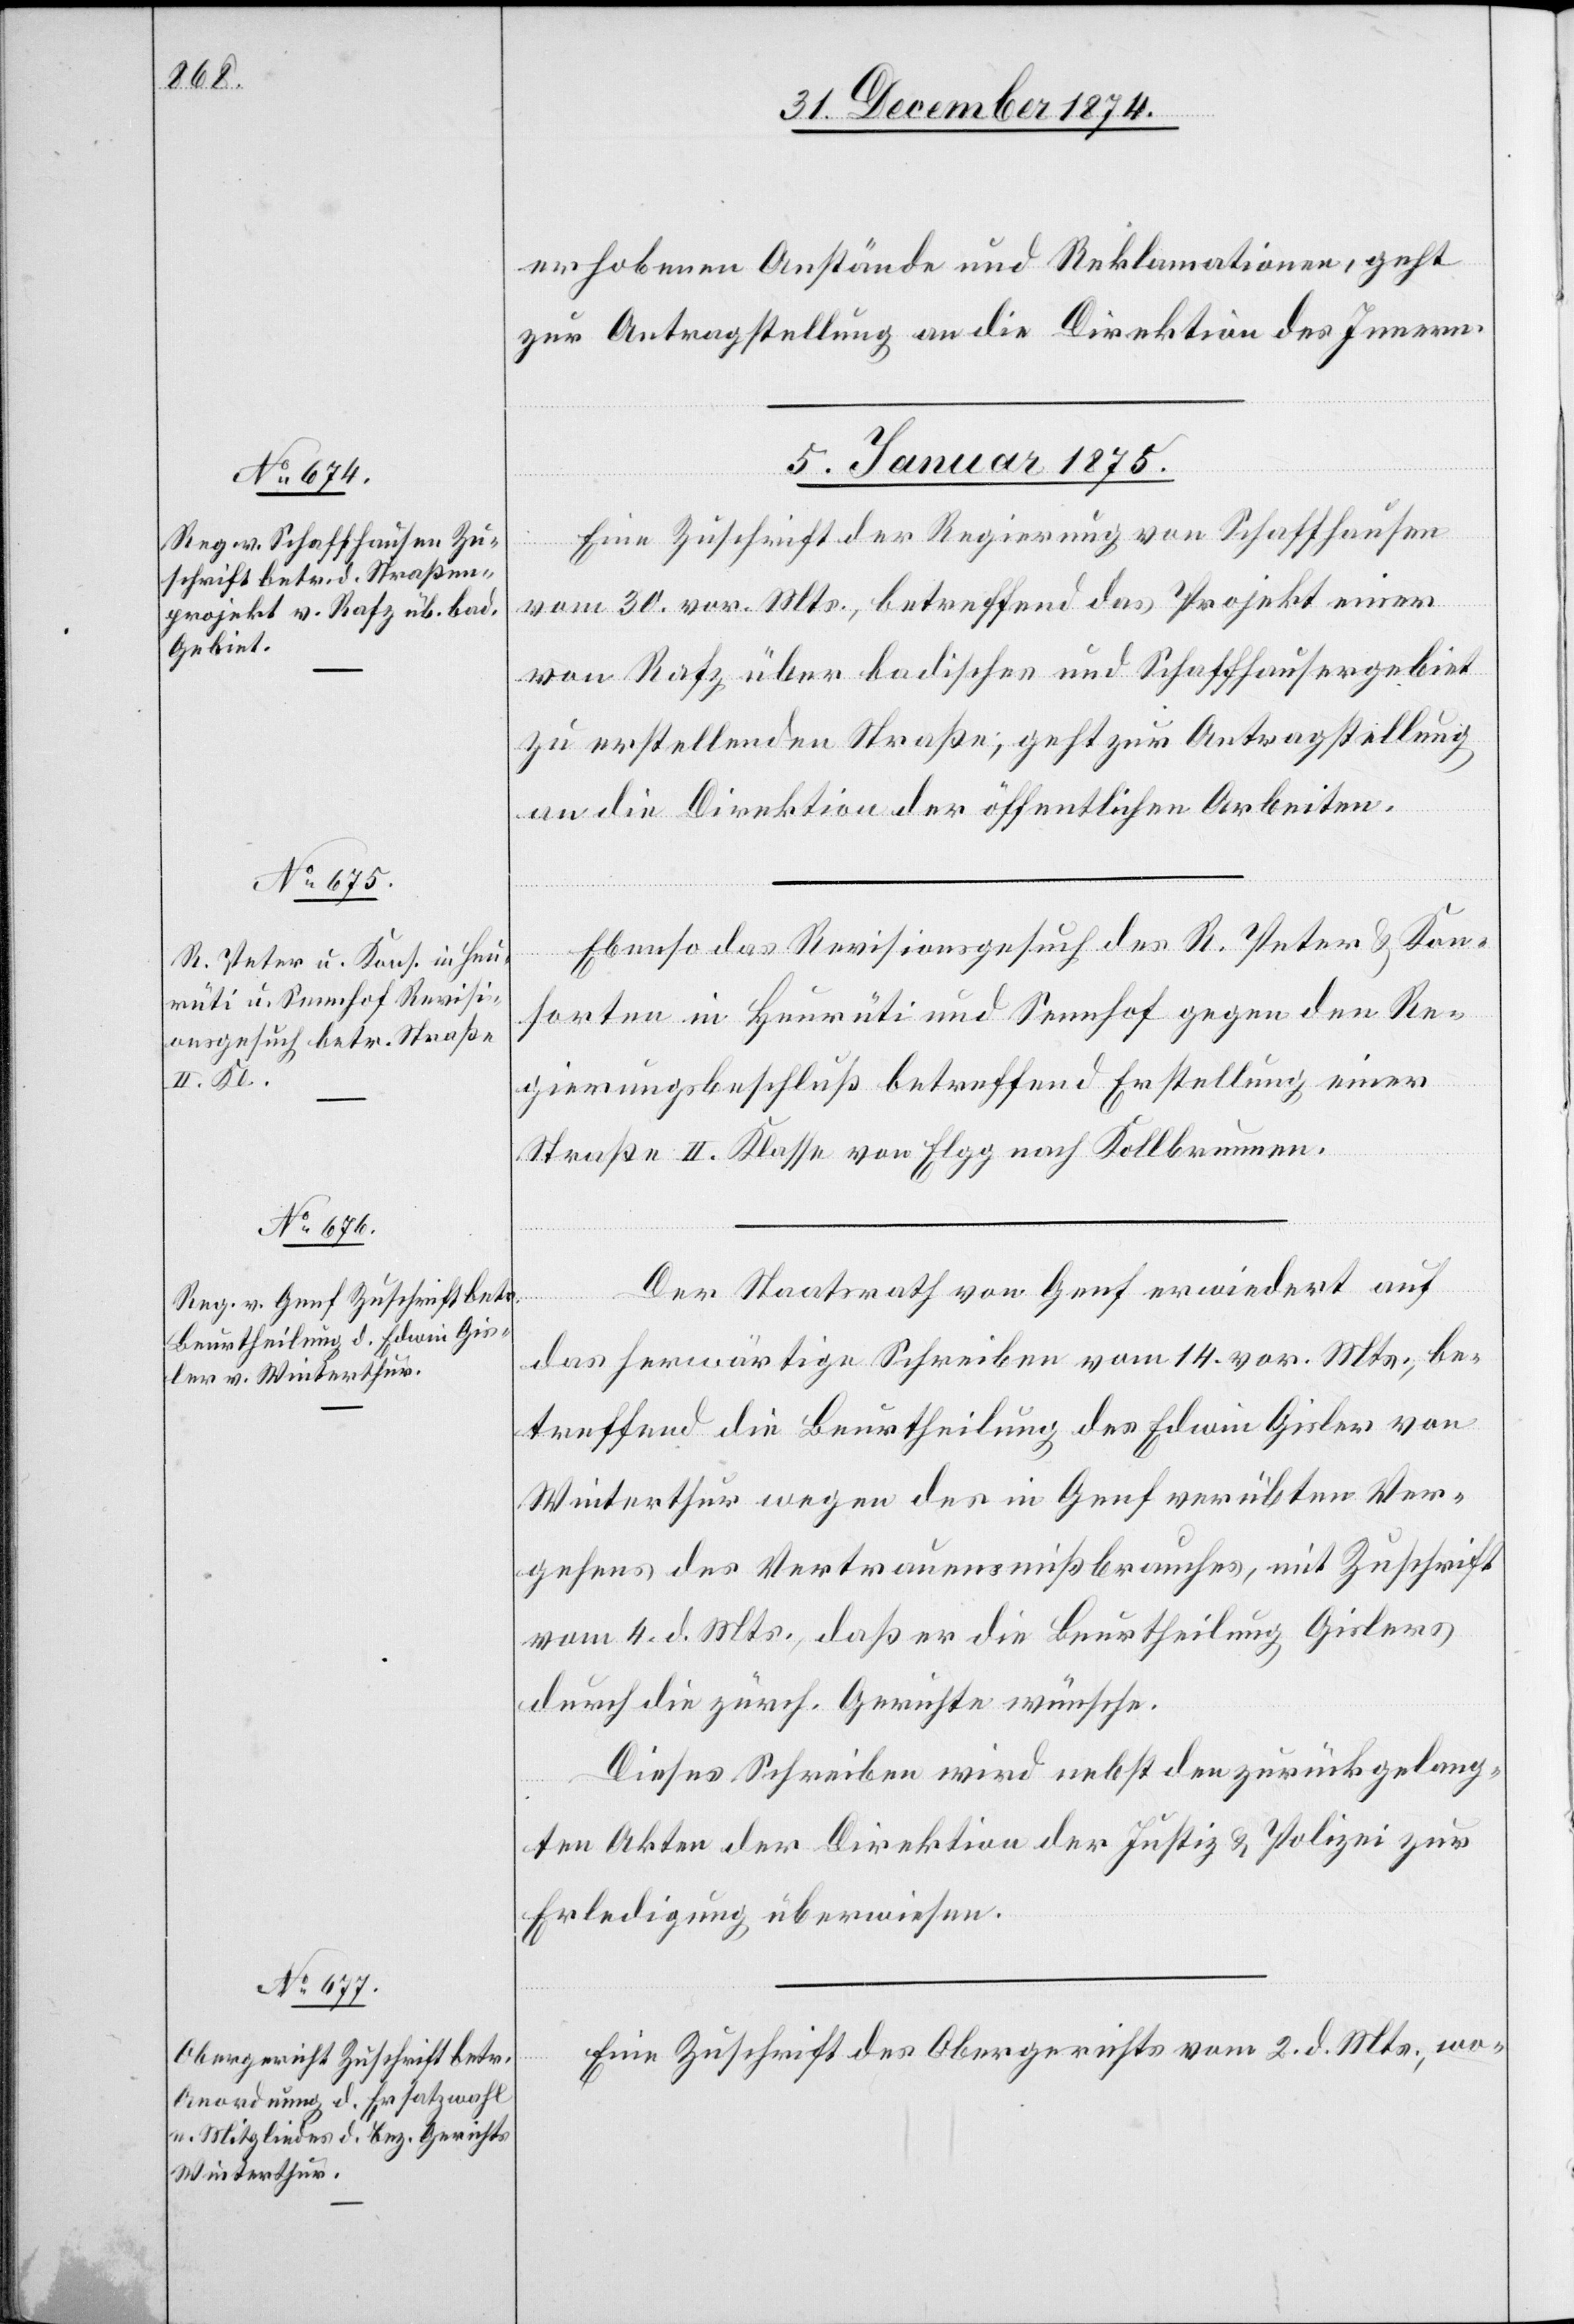
erhobenen Anstände und Reklamationen, geht
zur Antragstellung an die Direktion des Innern.
5. Januar 1875.]
Eine Zuschrift der Regierung von Schaffhausen
vom 30. vor. Mts., betreffend das Projekt einer
von Rafz über badisches und Schaffhausergebiet
zu erstellenden Straße, geht zur Antragstellung
an die Direktion der öffentlichen Arbeiten.
Ebenso das Revisionsgesuch des R. Peter & Kon¬
sorten in Heurüti und Sennhof gegen den Re¬
gierungsbeschluß betreffend Erstellung einer
Straße II. Klasse von Elgg nach Kollbrunnen.
Der Staatsrath von Genf erwiedert auf
rfügungen
das herwärtige Schreiben vom 14. vor. Mts., be¬
treffend die Beurtheilung des Edwin Gisler von
Winterthur wegen des in Genf verübten Ver¬
gehens des Vertrauensbruches, mit Zuschrift
vom 4. d. Mts., daß er die Beurtheilung Gislers
durch die zürch. Gerichte wünsche.
Dieses Schreiben wird nebst den zurückgelang¬
[Prä¬
ten Akten der Direktion der Justiz & Polizei zur
Erledigung überwiesen.
Eine Zuschrift des Obergerichts vom 2. d. Mts., wo-